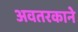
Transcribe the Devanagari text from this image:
अवतरकाने